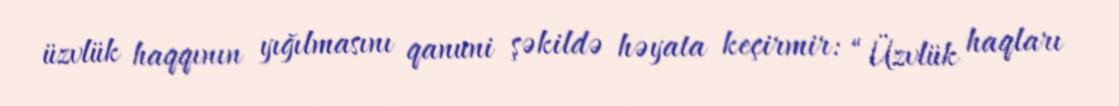
üzvlük haqqının yığılmasını qanuni şəkildə həyata keçirmir: “Üzvlük haqları